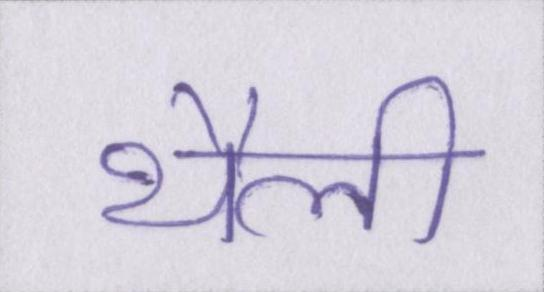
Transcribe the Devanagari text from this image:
थैली